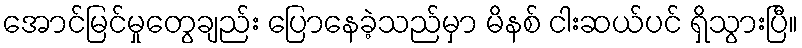
အောင်မြင်မှုတွေချည်း ပြောနေခဲ့သည်မှာ မိနစ် ငါးဆယ်ပင် ရှိသွားပြီ။